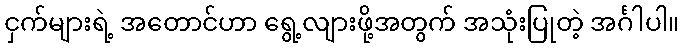
ငှက်များရဲ့ အတောင်ဟာ ရွေ့လျားဖို့အတွက် အသုံးပြုတဲ့ အင်္ဂါပါ။